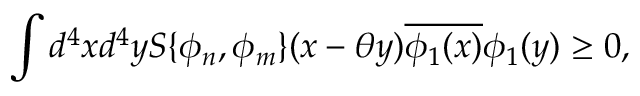
\int d ^ { 4 } x d ^ { 4 } y S \{ \phi _ { n } , \phi _ { m } \} ( x - \theta y ) \overline { { { \phi _ { 1 } ( x ) } } } \phi _ { 1 } ( y ) \geq 0 ,